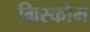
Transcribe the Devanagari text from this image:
ग्रिस्कोम